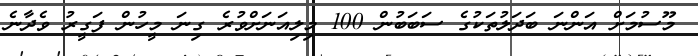
މޫސުމަށް އަންނަ ބަަދަލުތަކުގެ ސަބަބުން 100 މިލިއަނަށްވުރެ ގިނަ މީހުން ފަގީރު ވެދާނެ